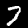
Label: 7